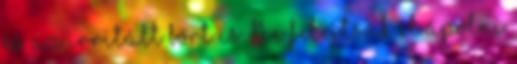
és az irritált bőrt is. Ne felejtsük el ápolni